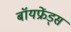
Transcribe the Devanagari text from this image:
बॉयफ्रेंड्स